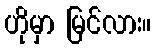
ဟိုမှာ မြင်လား။